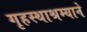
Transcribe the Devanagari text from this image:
गृहस्थाश्रम्याने